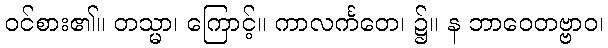
ဝင်စား၏။ တသ္မာ၊ ကြောင့်။ ကာလင်္ကတေ၊ ၌။ န ဘာဝေတဗ္ဗာဝ၊